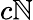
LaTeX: c\mathbb{N}